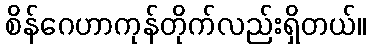
စိန်ဂေဟာကုန်တိုက်လည်းရှိတယ်။